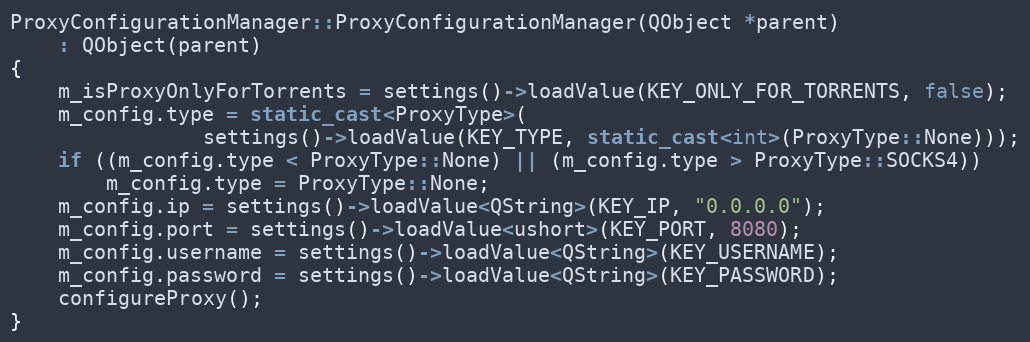
Language: C++
ProxyConfigurationManager::ProxyConfigurationManager(QObject *parent)
    : QObject(parent)
{
    m_isProxyOnlyForTorrents = settings()->loadValue(KEY_ONLY_FOR_TORRENTS, false);
    m_config.type = static_cast<ProxyType>(
                settings()->loadValue(KEY_TYPE, static_cast<int>(ProxyType::None)));
    if ((m_config.type < ProxyType::None) || (m_config.type > ProxyType::SOCKS4))
        m_config.type = ProxyType::None;
    m_config.ip = settings()->loadValue<QString>(KEY_IP, "0.0.0.0");
    m_config.port = settings()->loadValue<ushort>(KEY_PORT, 8080);
    m_config.username = settings()->loadValue<QString>(KEY_USERNAME);
    m_config.password = settings()->loadValue<QString>(KEY_PASSWORD);
    configureProxy();
}